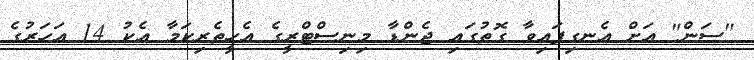
"ސަން" އަށް އެނގިފައިވާ ގޮތުގައި ޖެންޑާ މިނިސްޓްރީގެ އެހީތެރިކަމާ އެކު 14 އަހަރުގެ